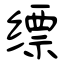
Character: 缥